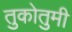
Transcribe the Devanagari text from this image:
तुकोतुमी